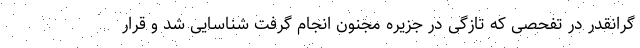
گرانقدر در تفحصی که تازگی در جزیره مجنون انجام گرفت شناسایی شد و قرار